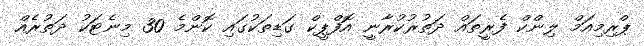
ޕްރިމިއަމް ލިންކް ފެރީތައް ދަތުރުކުރާނީ އޮފްޕީކް ގަޑިތަކުގައި ކޮންމެ 30 މިނެޓަކު ދަތުރެއް